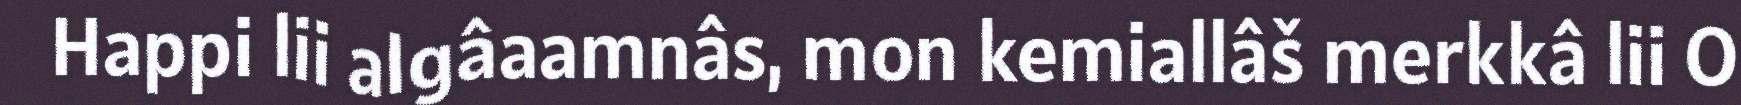
Happi lii algâaamnâs, mon kemiallâš merkkâ lii O